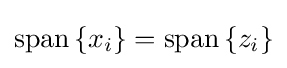
{\textstyle \operatorname {span} \left\{x_{i}\right\}=\operatorname {span} \left\{z_{i}\right\}}